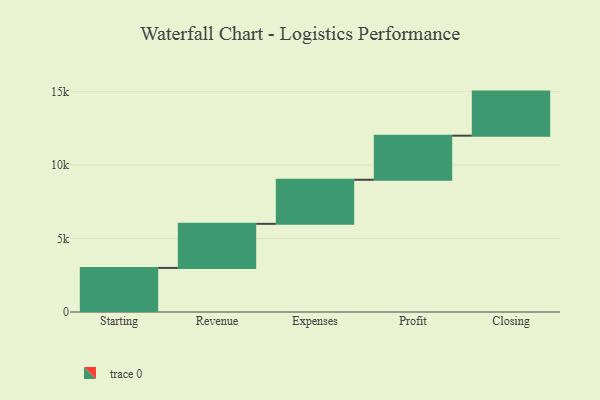
{"axis": {"x": "Step", "y": "Value"}, "legend": [""], "data": [{"x": "Starting", "y": 3000, "type": ""}, {"x": "Revenue", "y": 3000, "type": ""}, {"x": "Expenses", "y": 3000, "type": ""}, {"x": "Profit", "y": 3000, "type": ""}, {"x": "Closing", "y": 3000, "type": ""}]}